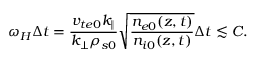
\omega _ { H } \Delta t = \frac { v _ { t e 0 } k _ { \parallel } } { k _ { \perp } \rho _ { s 0 } } \sqrt { \frac { n _ { e 0 } ( z , t ) } { n _ { i 0 } ( z , t ) } } \Delta t \lesssim C .